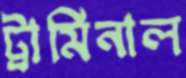
ট্রার্মিনাল